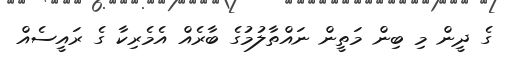
ގެ ދީން މި ބިން މަތީން ނައްތާލުމުގެ ބާރެއް އެމެރިކާ ގެ ރައީސެއް